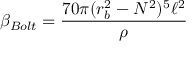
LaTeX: \beta _ { B o l t } = \frac { 7 0 \pi ( r _ { b } ^ { 2 } - N ^ { 2 } ) ^ { 5 } \ell ^ { 2 } } { \rho }